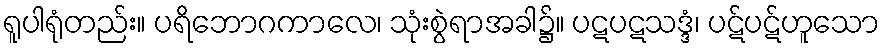
ရူပါရုံတည်း။ ပရိဘောဂကာလေ၊ သုံးစွဲရာအခါ၌။ ပဋပဋသဒ္ဒံ၊ ပဋ်ပဋ်ဟူသော